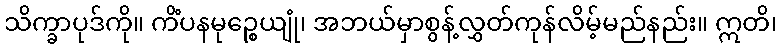
သိက္ခာပုဒ်ကို။ ကိံပနမုဉ္စေယျုံ၊ အဘယ်မှာစွန့်လွှတ်ကုန်လိမ့်မည်နည်း။ ဣတိ၊